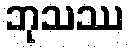
ဘုသဿ